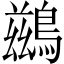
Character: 鷀